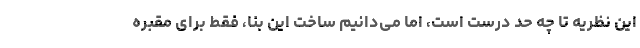
این نظریه تا چه حد درست است، اما می‌دانیم ساخت این بنا، فقط برای مقبره